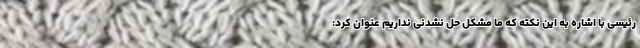
رئیسی با اشاره به این نکته که ما مشکل حل نشدنی نداریم عنوان کرد: